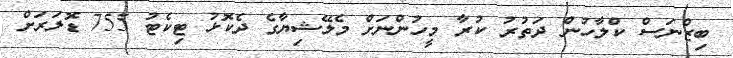
ބިޒްނަސް ކްލާހުން ދަތުރު ކުރާ މީހުންނަށް މެލޭޝިޔާގެ ދެކޮޅު ޓިކެޓު 755 ޑޮލަރަށް